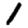
Digit: 1